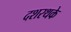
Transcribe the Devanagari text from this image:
दशरथके